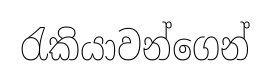
රැකියාවන්ගෙන්